Plague in India, 1896, 1897 - Volume 2
Year: 1896
Disease focus: Plague
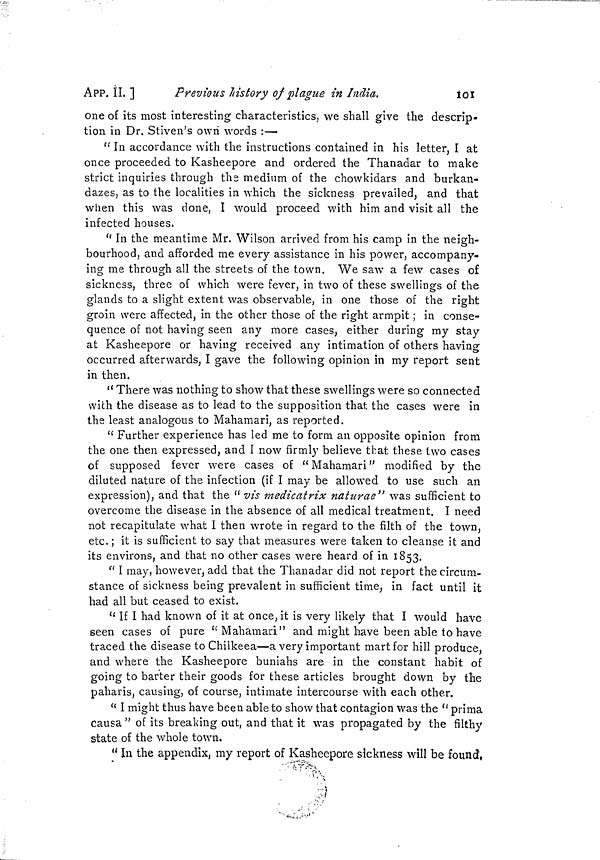
APP. II. ]
Previous history of plague in India.
101
one of its most interesting characteristics, we shall give the descrip-
tion in Dr. Stiven's own words :—
"In accordance with the instructions contained in his letter, I at
once proceeded to Kasheepore and ordered the Thanadar to make
strict inquiries through the medium of the chowkidars and burkan-
dazes, as to the localities in which the sickness prevailed, and that
when this was clone, I would proceed with him and visit all the
infected houses.
"In the meantime Mr. Wilson arrived from his camp in the neigh-
bourhood, and afforded me every assistance in his power, accompany-
ing me through all the streets of the town. We saw a few cases of
sickness, three of which were fever, in two of these swellings of the
glands to a slight extent was observable, in one those of the right
groin were affected, in the other those of the right armpit ; in conse-
quence of not having seen any more cases, either during my stay
at Kasheepore or having received any intimation of others having
occurred afterwards, I gave the following opinion in my report sent
in then.
" There was nothing to show that these swellings were so connected
wich the disease as to lead to the supposition that the cases were in
the least analogous to Mahamari, as reported.
"Further experience has led me to form an opposite opinion from
the one then expressed, and I now firmly believe that these two cases
of supposed fever were cases of "Mahamari" modified by the
diluted nature of the infection (if I may be allowed to use such an
expression), and that the "vis medicatrix naturae" was sufficient to
overcome the disease in the absence of all medical treatment. I need
not recapitulate what I then wrote in regard to the filth of the town,
etc. ; it is sufficient to say that measures were taken to cleanse it and
its environs, and that no other cases were heard of in 1853.
"I may, however, add that the Thanadar did not report the circum-
stance of sickness being prevalent in sufficient time, in fact until it
had all but ceased to exist.
" If I had known of it at once, it is very likely that I would have
seen cases of pure " Mahamari" and might have been able to have
traced the disease to Chilkeea—a very important mart for hill produce,
and where the Kasheepore buniahs are in the constant habit of
going to barter their goods for these articles brought down by the
paharis, causing, of course, intimate intercourse with each other.
" I might thus have been able to show that contagion was the " prima
causa " of its breaking out, and that it was propagated by the filthy
state of the whole town.
" In the appendix, my report of Kasheepore sickness will be found,